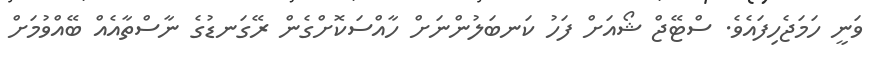
ވަނީ ހަމަޖެހިފައެވެ. ސްޓޭޖް ޝޯއަށް ފަހު ކަނބަލުންނަށް ހާއްސަކޮށްގެން ރޭގަނޑުގެ ނާސްތާއެއް ބޭއްވުމަށް